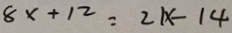
8 x + 1 2 = 2 1 x - 1 4